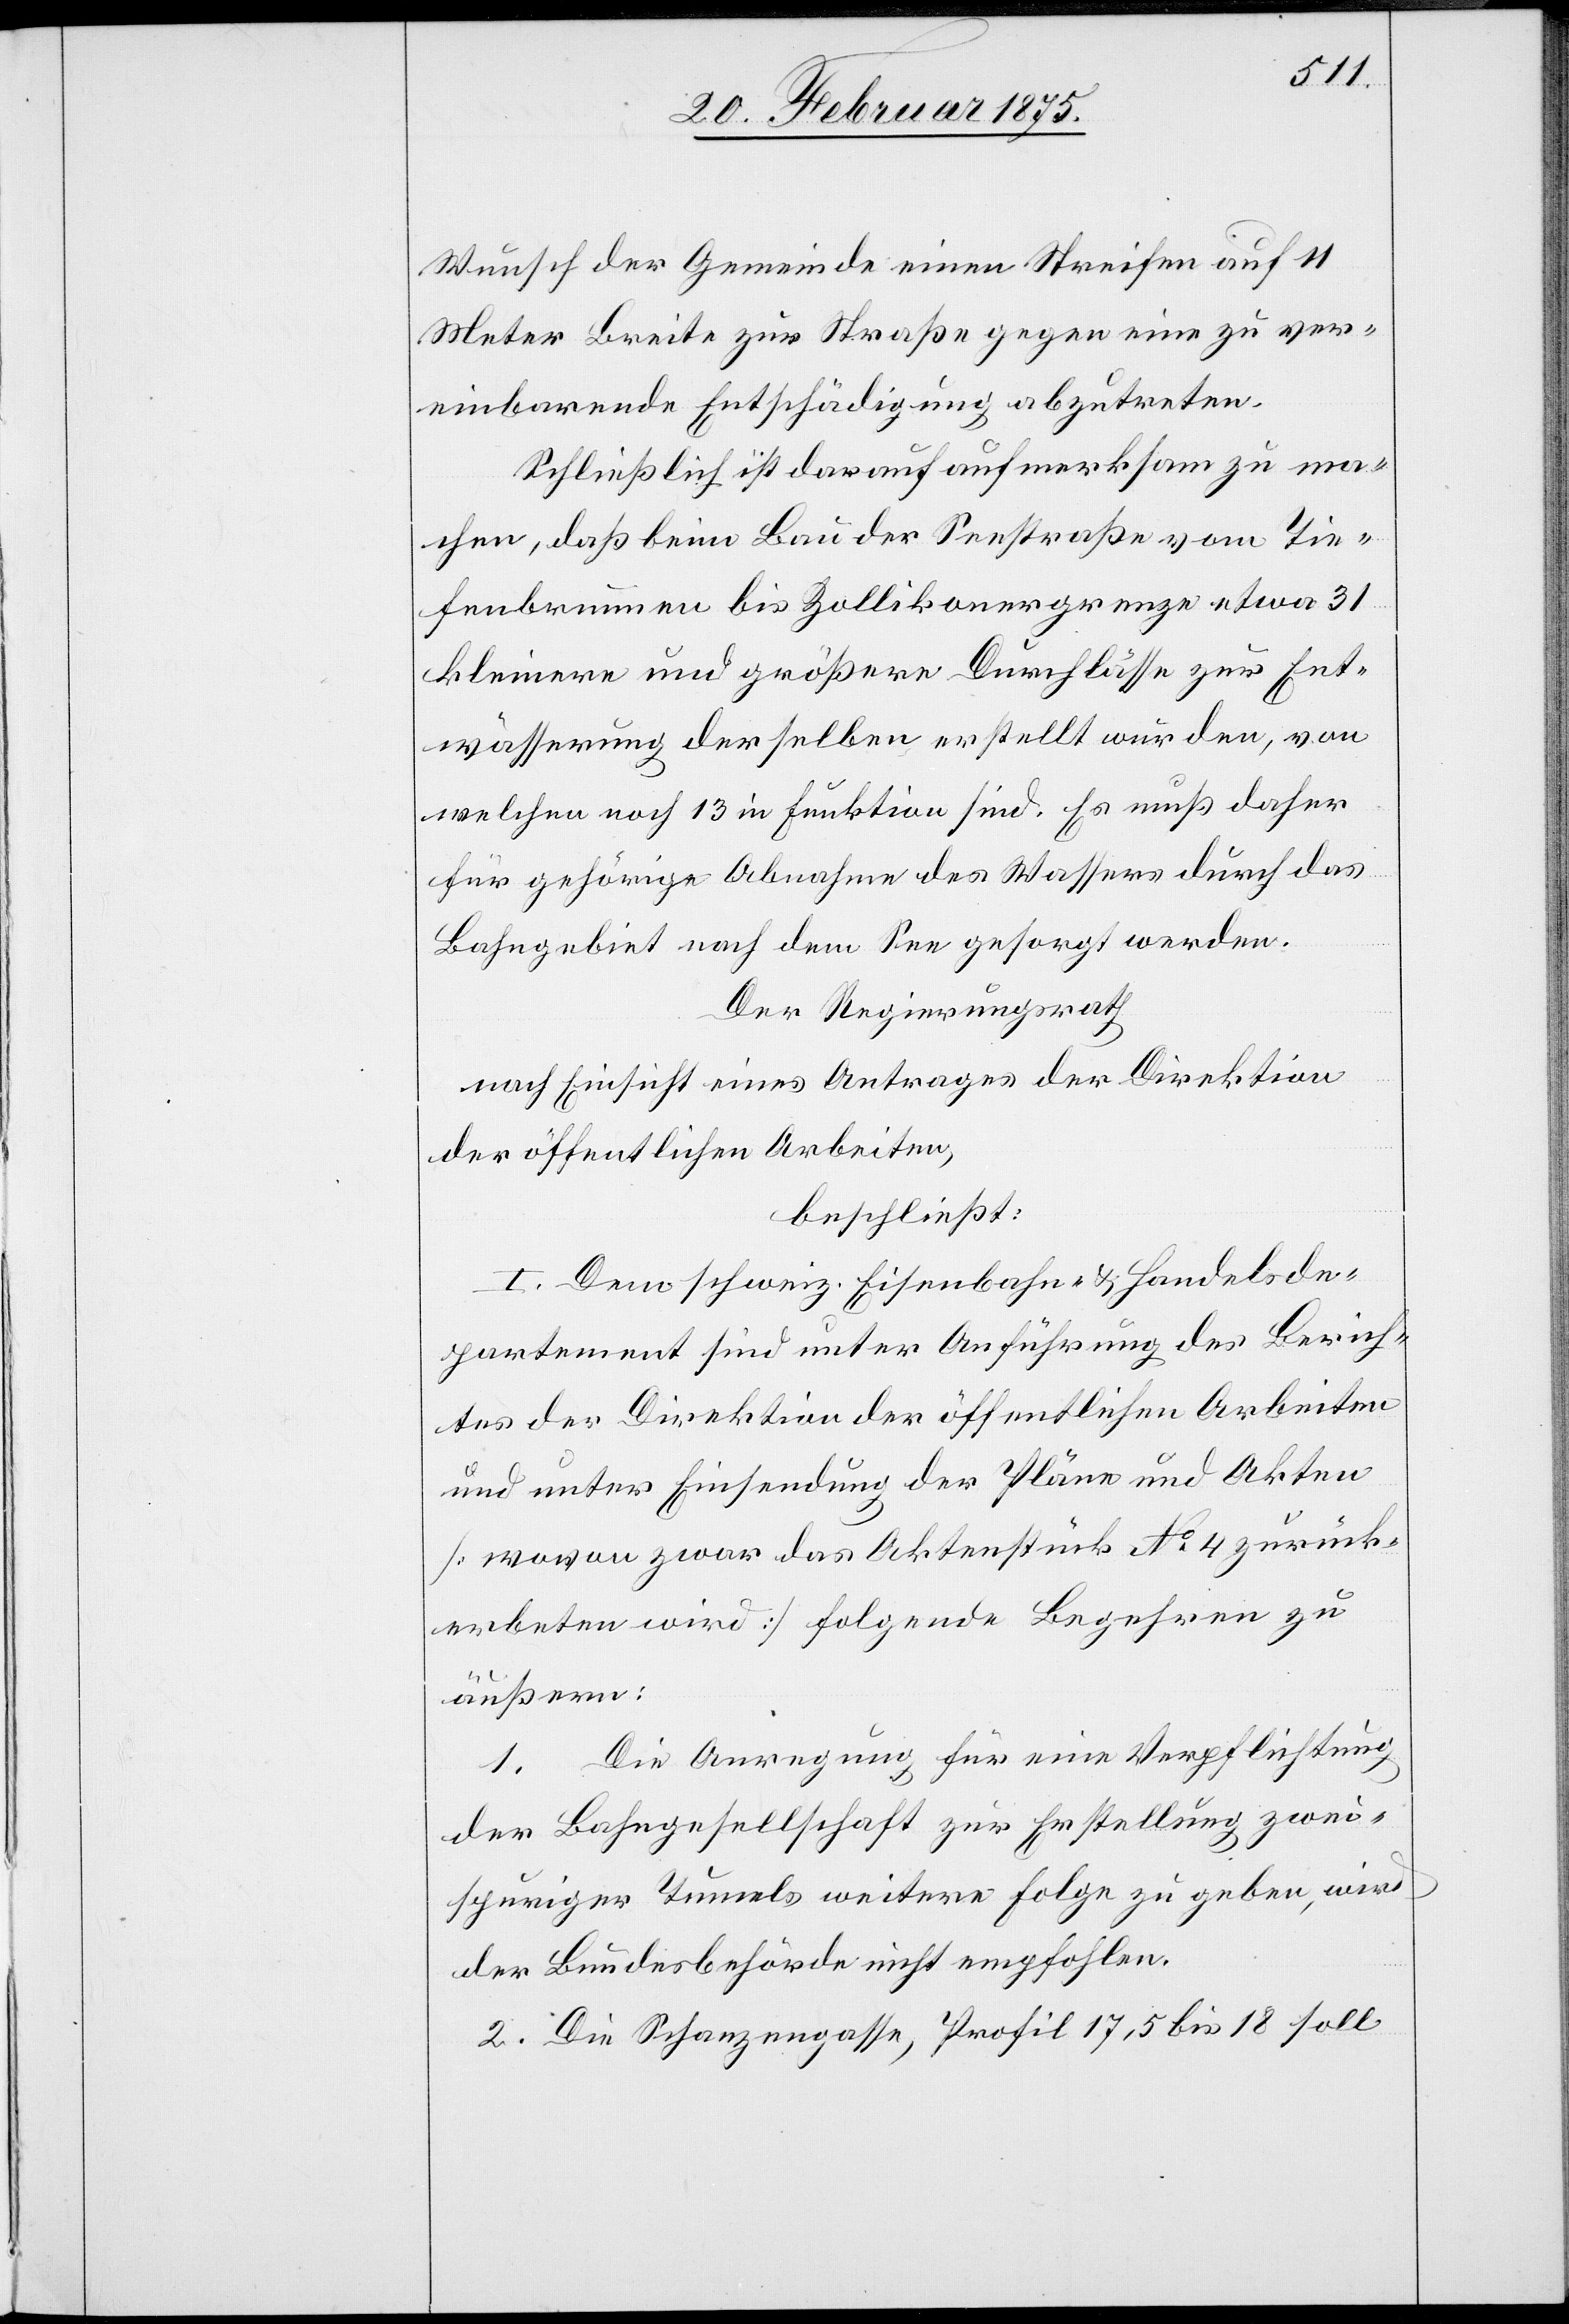
Wunsch der Gemeinde einen Streifen auf 11
Meter Breite zur Straße gegen eine zu ver¬
einbarende Entschädigung abzutreten.
Schließlich ist darauf aufmerksam zu ma¬
chen, daß beim Bau der Seestraße vom Tie¬
fenbrunnen bis Zollikonergrenze etwa 31
kleinere und größere Durchlässe zur Ent¬
wässerung derselben erstellt wurden, von
welchen noch 13 in Funktion sind. Es muß daher
für gehörige Abnahme des Wassers durch das
Bahngebiet nach dem See gesorgt werden.
Der Regierungsrath
nach Einsicht eines Antrages der Direktion
der öffentlichen Arbeiten,
beschließt:
I. Dem schweiz. Eisenbahn- u. Handelsde¬
partement sind unter Anführung des Berich¬
tes der Direktion der öffentlichen Arbeiten
und unter Einsendung der Pläne und Akten
[wovon zwar das Aktenstück No 4 zurück¬
erbeten wird] folgende Begehren zu
äußern:
1. Die Anregung für eine Verpflichtung
der Bahngesellschaft zur Erstellung zwei¬
spuriger Tunnels weitere Folge zu geben, wird
der Bundesbehörde nicht empfohlen.
2. Die Schanzengasse, Profil 17,5 bis 18 soll